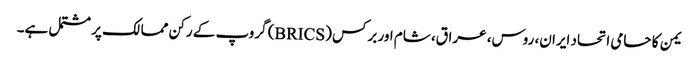
یمن کا حامی اتحاد ایران، روس، عراق، شام اور برکس (BRICS) گروپ کے رکن ممالک پر مشتمل ہے۔